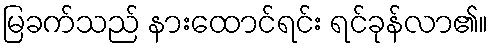
မြခက်သည် နားထောင်ရင်း ရင်ခုန်လာ၏။